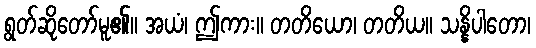
ရွတ်ဆိုတော်မူ၏။ အယံ၊ ဤကား။ တတိယော၊ တတိယ။ သန္နိပါတော၊